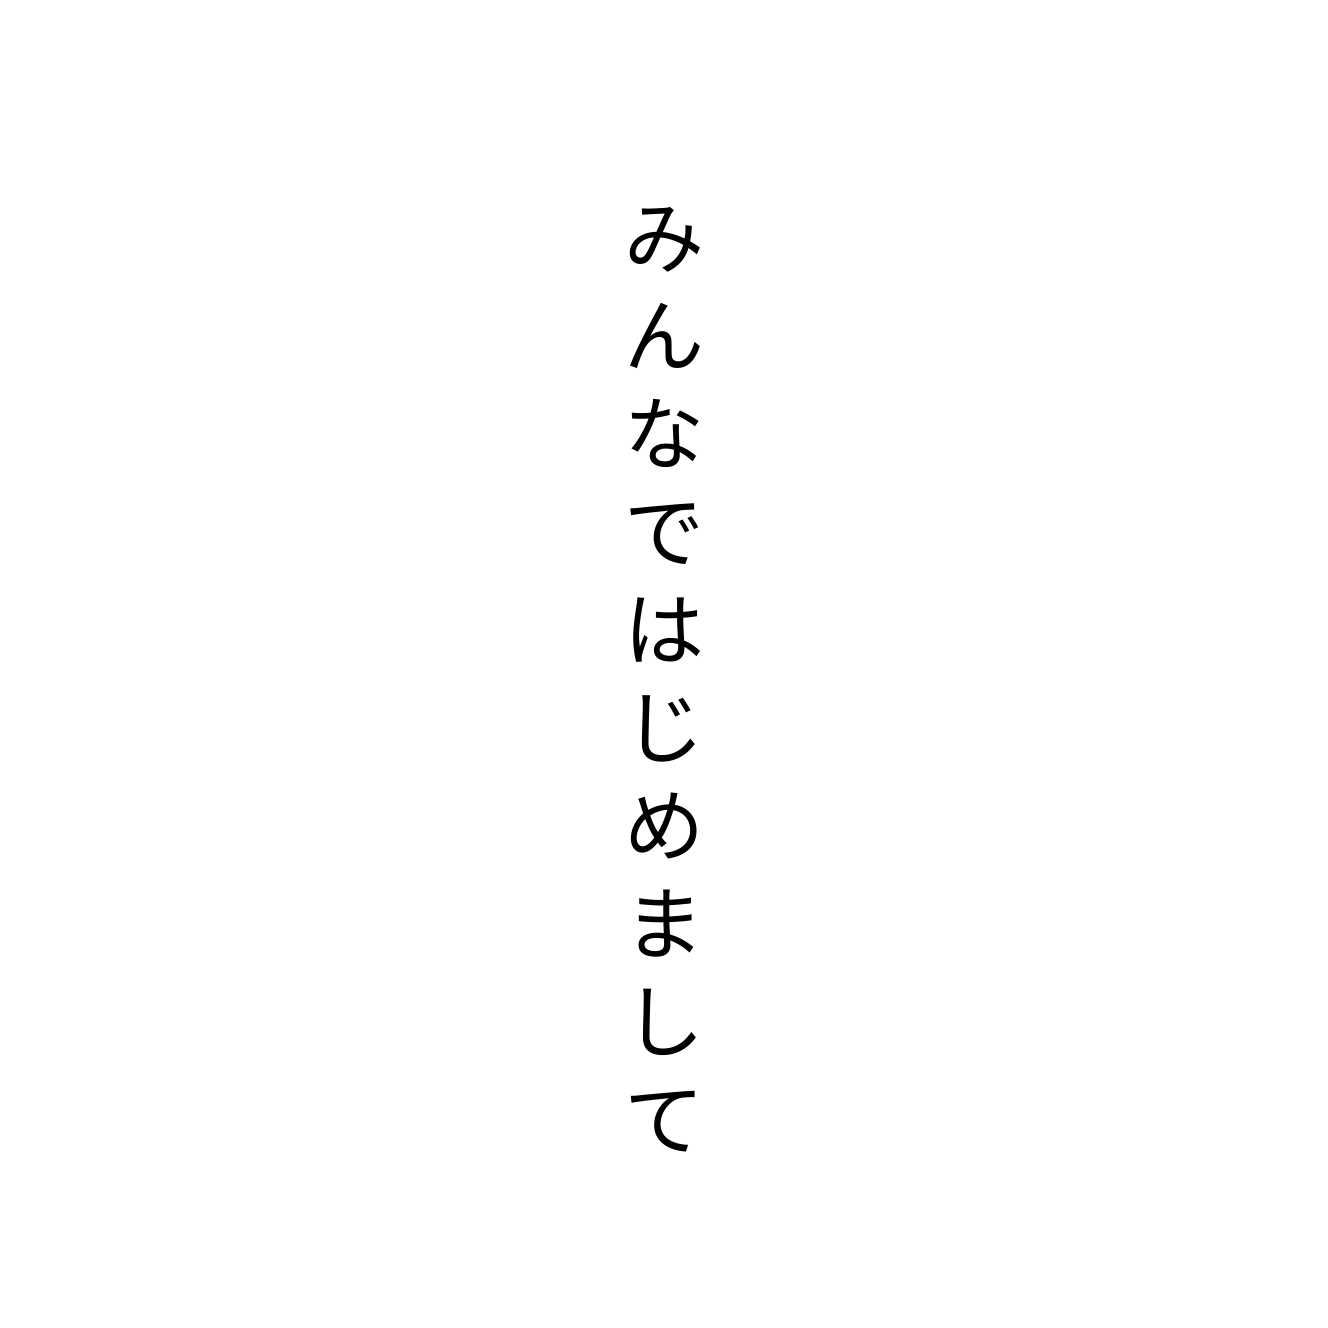
みんなではじめまして